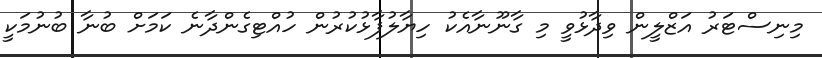
މިނިސްޓަރު އަޒްލީން ވިދާޅުވީ މި ގާނޫނާއެކު ހިޔާލުފާޅުކުރުން ހުއްޓިގެންދާނެ ކަމަށް ބުނާ ބުނުމަކީ